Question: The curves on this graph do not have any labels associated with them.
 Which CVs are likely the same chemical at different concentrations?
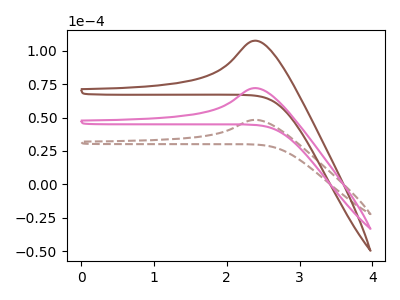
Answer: <think>The brown dashed curve "brown dashed" has an anodic peak at: (2.40V, 48.30uA). The brown curve "brown" has an anodic peak at: (2.40V, 144.25uA). The pink curve "pink" has an anodic peak at: (2.40V, 72.15uA).
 All the peaks in "brown dashed" have a peak in "brown" at the same potential. Every peak in "brown dashed" is lower than every peak in "brown". All the peaks in "brown dashed" have a peak in "pink" at the same potential. Every peak in "brown dashed" is lower than every peak in "pink". All the peaks in "brown" have a peak in "pink" at the same potential. Every peak in "brown" is higher than every peak in "pink".</think>
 <answer>"brown dashed", "brown" and "pink" have the same shape and are likely CV's of the same chemical.</answer>
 <eval>"brown dashed" "brown" "pink"</eval>